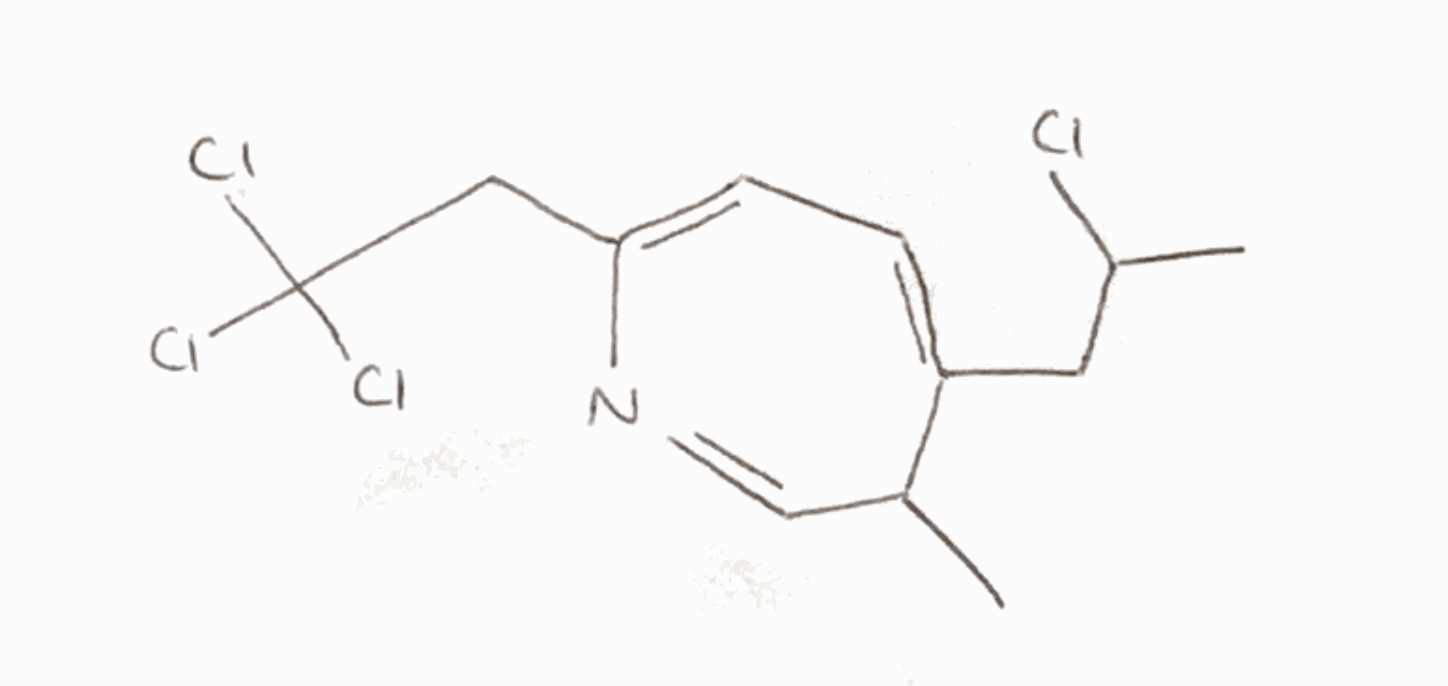
Simplified molecular-input line-entry system (SMILES) notation of the given molecule:
CC1C=NC(=CC=C1CC(C)Cl)CC(Cl)(Cl)Cl